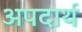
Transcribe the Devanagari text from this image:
अपदार्थ